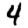
Digit: 4